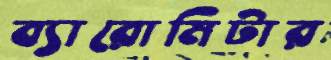
ব্যারোমিটার